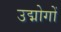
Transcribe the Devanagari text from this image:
उद्मोगों